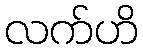
လက်ဟိ